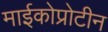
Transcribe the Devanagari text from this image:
माईकोप्रोटीन